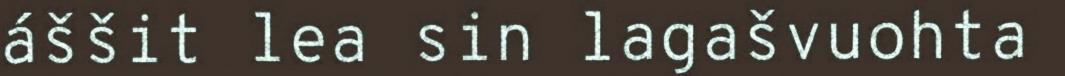
áššit lea sin lagašvuohta